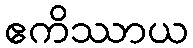
ဧကိဿာယ